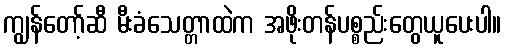
ကျွန်တော့်ဆီ မီးခံသေတ္တာထဲက အဖိုးတန်ပစ္စည်းတွေယူပေးပါ။